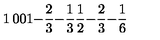
\begin{matrix} { 1 } & { 0 } & { 0 } \\ { 1 } & { - { \frac { 2 } { 3 } } } & { - { \frac { 1 } { 3 } } } \\ { { \frac { 1 } { 2 } } } & { - { \frac { 2 } { 3 } } } & { - { \frac { 1 } { 6 } } } \\ \end{matrix}